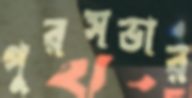
পুরসভার